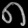
Digit: ၈